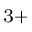
^ { 3 + }